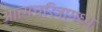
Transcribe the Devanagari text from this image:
आत्मचरित्रामध्ये